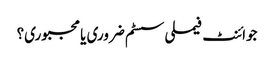
جوائنٹ فیملی سسٹم ضروری یا مجبوری؟